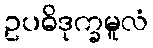
ဥပဓိဒုက္ခမူလံ